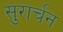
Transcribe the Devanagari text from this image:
सुरार्चन